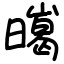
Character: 㬞